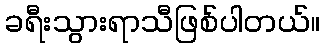
ခရီးသွားရာသီဖြစ်ပါတယ်။